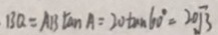
B Q = A B \tan A = 2 0 \tan 6 0 ^ { \circ } = 2 0 \sqrt { 3 }